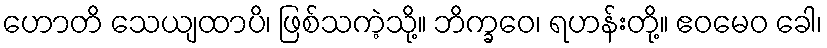
ဟောတိ သေယျထာပိ၊ ဖြစ်သကဲ့သို့။ ဘိက္ခဝေ၊ ရဟန်းတို့။ ဧဝမေဝ ခေါ၊